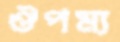
ঔপম্য